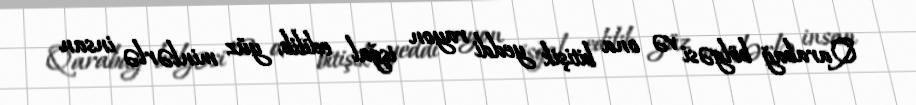
Qarabağ bölgəsi və ona bitişik yeddi rayon işğal edilib, yüz minlərlə insan